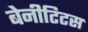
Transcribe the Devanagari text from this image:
बेनीटिटस